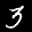
Label: 3